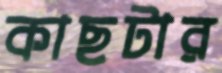
কাছটার